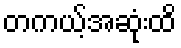
တကယ့်အဆုံးထိ